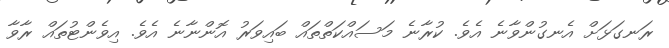
ރަނގަޅަށް އެނގުންވާނެ އެވެ. ކުރާނެ މަސައްކަތްތައް ބައިވަރު އޮންނާނެ އެވެ. އިވެންޓުތައް ރާވާ